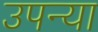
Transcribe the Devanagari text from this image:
उपन्या